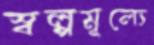
স্বল্পমূল্যে